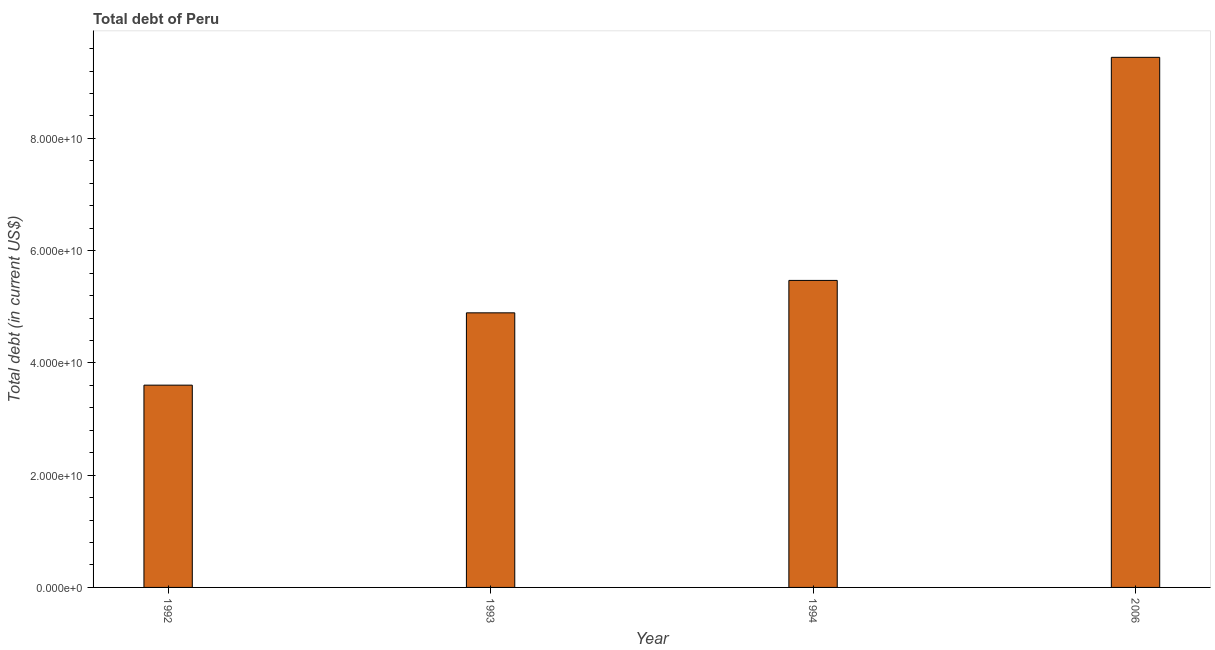
| Year | Central government debt |
 | --- | --- |
 | 1992 | 3.6e+10 |
 | 1993 | 4.89e+10 |
 | 1994 | 5.47e+10 |
 | 2006 | 9.45e+10 |